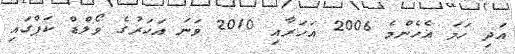
އަދި ހަމަ އެހެންމެ 2006 އަހަރާއި 2010 ވަނަ އަހަރުގެ ވޯލްޑް ކަޕްގައި